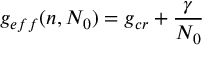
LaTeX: g _ { e f f } ( n , N _ { 0 } ) = g _ { c r } + { \frac { \gamma } { N _ { 0 } } }